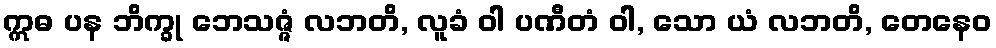
ဣဓ ပန ဘိက္ခု ဘေသဇ္ဇံ လဘတိ, လူခံ ဝါ ပဏီတံ ဝါ, သော ယံ လဘတိ, တေနေဝ